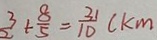
\frac { 3 } { 2 } + \frac { 8 } { 5 } = \frac { 3 1 } { 1 0 } ( k m